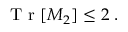
\begin{array} { r } { \mathrm { ~ T ~ r ~ } [ M _ { 2 } ] \leq 2 \; . } \end{array}